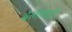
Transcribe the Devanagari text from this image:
बेलावाड़ी